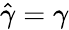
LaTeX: \hat{\gamma}=\gamma